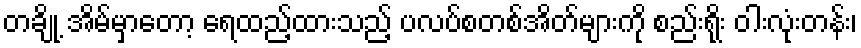
တချို့ အိမ်မှာတော့ ရေထည့်ထားသည့် ပလပ်စတစ်အိတ်များကို စည်းရိုး ဝါးလုံးတန်း၊